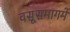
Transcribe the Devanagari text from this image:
वसूसमागमें